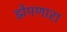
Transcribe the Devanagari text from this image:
झेपणारा